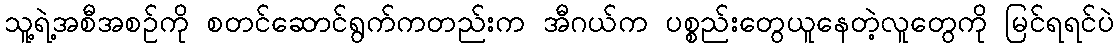
သူ့ရဲ့အစီအစဉ်ကို စတင်ဆောင်ရွက်ကတည်းက အီဂယ်က ပစ္စည်းတွေယူနေတဲ့လူတွေကို မြင်ရရင်ပဲ